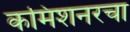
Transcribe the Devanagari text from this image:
कमिशनरचा